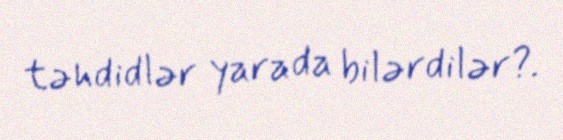
təhdidlər yarada bilərdilər?.